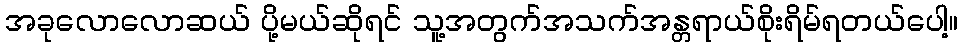
အခုလောလောဆယ် ပို့မယ်ဆိုရင် သူ့အတွက်အသက်အန္တရာယ်စိုးရိမ်ရတယ်ပေါ့။